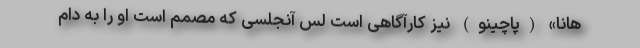
هانا» (پاچینو) نیز کارآگاهی است لس آنجلسی که مصمم است او را به دام